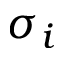
\sigma _ { i }